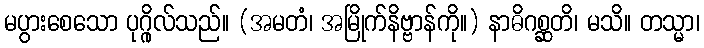
မပွားစေသော ပုဂ္ဂိုလ်သည်။ (အမတံ၊ အမြိုက်နိဗ္ဗာန်ကို။) နာဓိဂစ္ဆတိ၊ မသိ။ တသ္မာ၊